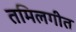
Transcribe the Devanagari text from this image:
तमिलगीत